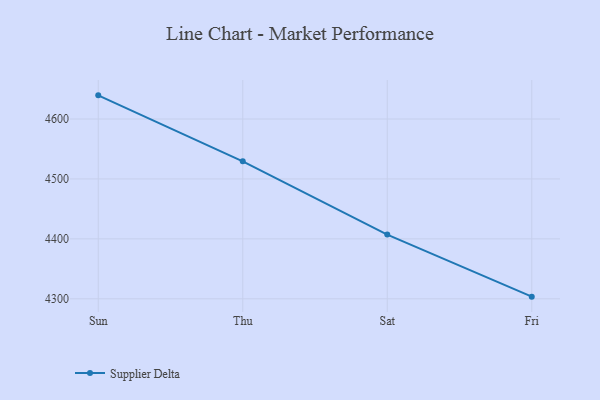
{"axis": {"x": "Day", "y": "Budget (USD K)"}, "legend": ["Supplier Delta"], "data": [{"x": "Sun", "y": 4639.5, "type": "Supplier Delta"}, {"x": "Thu", "y": 4529.4, "type": "Supplier Delta"}, {"x": "Sat", "y": 4407.2, "type": "Supplier Delta"}, {"x": "Fri", "y": 4303.6, "type": "Supplier Delta"}]}